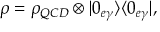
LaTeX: \rho = \rho _ { Q C D } \otimes | 0 _ { e \gamma } \rangle \langle 0 _ { e \gamma } | ,